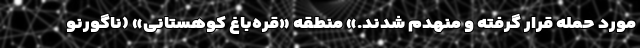
مورد حمله قرار گرفته و منهدم شدند.» منطقه «قره‌باغ کوهستانی» (ناگورنو